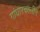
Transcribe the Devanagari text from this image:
गांधारकालीन